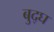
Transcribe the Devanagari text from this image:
बुद्घ